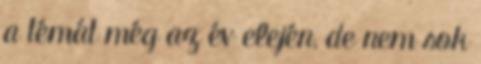
a témát még az év elején, de nem sok